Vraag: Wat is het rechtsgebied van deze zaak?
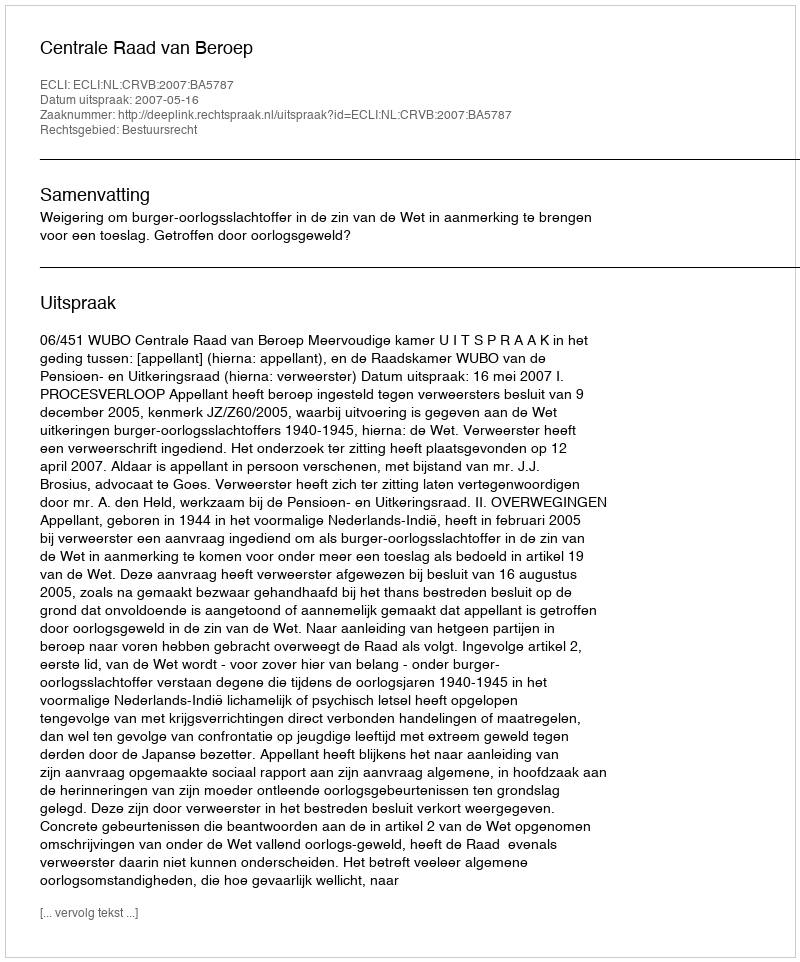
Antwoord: Bestuursrecht